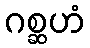
ဂစ္ဆဟံ